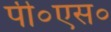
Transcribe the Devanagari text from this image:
पी०एस०